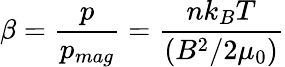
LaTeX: \beta={\frac{p}{p_{mag}}}={\frac{nk_{B}T}{(B^{2}/2\mu_{0})}}